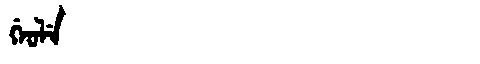
Manchu: ᡤᡝᠣᠯᡝ
Romanization: GEOLE